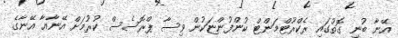
އޭނާ ބުނި ގޮތުގައި ރެކްރޫޓްމަންޓް ކުންފުންޏަކުން ވިސާ ޕްރޮސެސް ކުރުމަށް އޭނާއާ އޭނާގެ